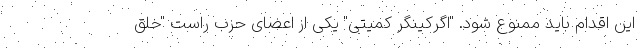
این اقدام باید ممنوع شود. "اگرکینگر کمیتی" یکی از اعضای حزب راست "خلق